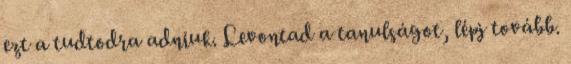
ezt a tudtodra adniuk. Levontad a tanulságot, lépj tovább.